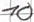
Text: 10